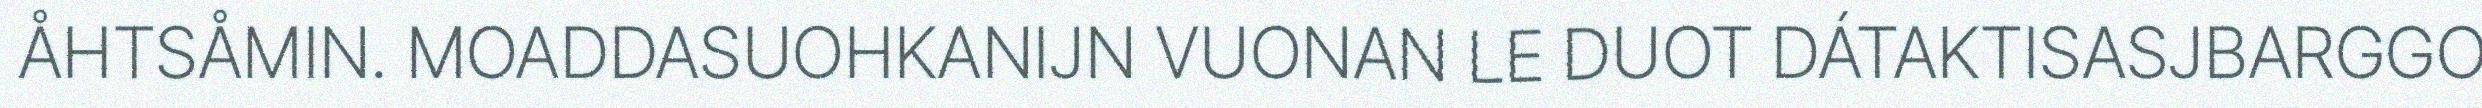
ÅHTSÅMIN. MOADDASUOHKANIJN VUONAN LE DUOT DÁTAKTISASJBARGGO